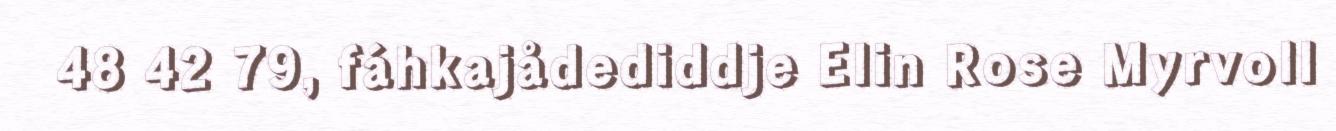
48 42 79, fáhkajådediddje Elin Rose Myrvoll